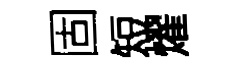
固短燿